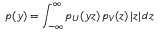
p ( y ) = \int _ { - \infty } ^ { \infty } p _ { U } ( y z ) \, p _ { V } ( z ) \, | z | \, d z